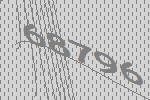
68796